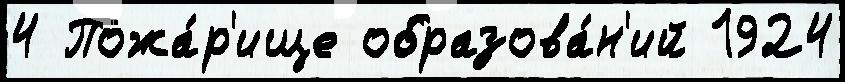
4 Пожа́р'ище образова́н'ий 1924